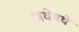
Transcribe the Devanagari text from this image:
अधेमधे